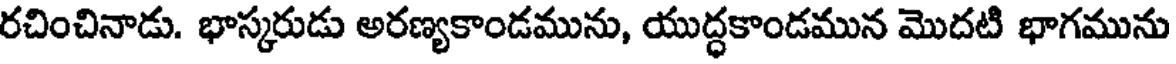
రచించినాడు. భాస్కరుడు అరణ్యకాండమును, యుద్ధకాండమున మొదటి భాగమును